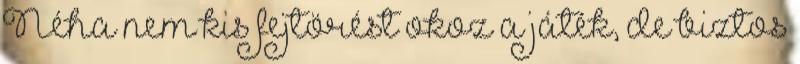
Néha nem kis fejtörést okoz a játék, de biztos